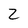
Character: 2